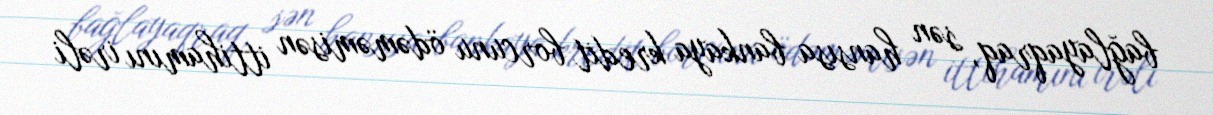
bağlayaqraq, sən hansısa bankaya kredit borcunu ödəməmisən ittihamını irəli